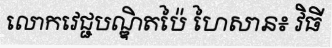
លោកវេជ្ជបណ្ឌិតប៉ៃ ហៃសាន៖ វិធី